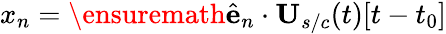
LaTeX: x_{n}=\ensuremath{\hat{\mathbf{e}}}_{n}\cdot\mathbf{U}_{s/c}(t)[t-t_{0}]